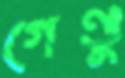
গেণ্ডু